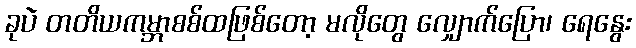
ခုပဲ တတိယကမ္ဘာစစ်ထဖြစ်တော့ မလိုတွေ လျှောက်ပြော၊ ရေနွေး